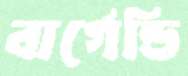
বার্গেন্ডি